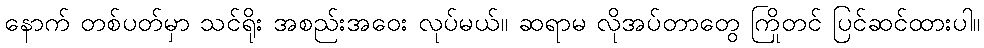
နောက် တစ်ပတ်မှာ သင်ရိုး အစည်းအဝေး လုပ်မယ်။ ဆရာမ လိုအပ်တာတွေ ကြိုတင် ပြင်ဆင်ထားပါ။